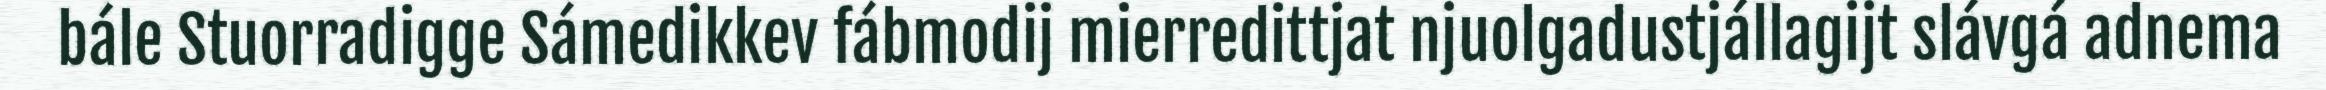
bále Stuorradigge Sámedikkev fábmodij mierredittjat njuolgadustjállagijt slávgá adnema